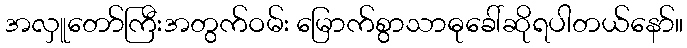
အလှူတော်ကြီးအတွက်ဝမ်း မြောက်စွာသာဓုခေါ်ဆိုရပါတယ်နော်။